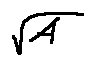
\sqrt { A }